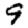
Digit: 9